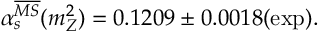
\alpha _ { s } ^ { \overline { { { M S } } } } ( m _ { Z } ^ { 2 } ) = 0 . 1 2 0 9 \pm 0 . 0 0 1 8 ( \mathrm { e x p } ) .